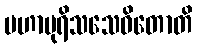
မဟာပုရိသသေဝိတောတိ